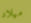
ميلاد